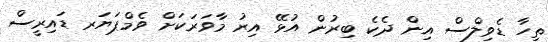
ތިހާ ޑެވިލްސް އިން ދެކެ ބިރުން އުޅޭ އިރު މާވަރަކަށް ވެމްޕަޔަރ ޑައިރީސް